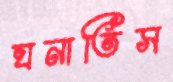
ঘনাতিস